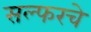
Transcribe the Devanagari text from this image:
सल्फरचे